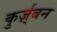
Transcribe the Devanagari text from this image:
कुर्ज़्बन